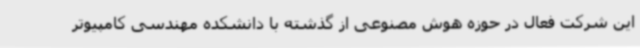
این شرکت فعال در حوزه هوش مصنوعی از گذشته با دانشکده مهندسی کامپیوتر